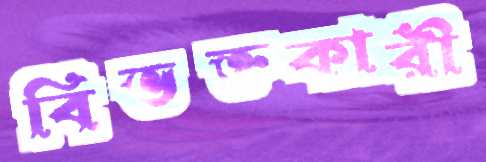
বিভক্তকারী